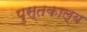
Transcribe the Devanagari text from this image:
पुस्तकाल्य